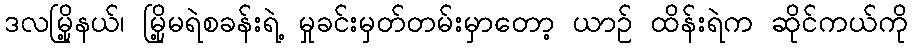
ဒလမြို့နယ်၊ မြို့မရဲစခန်းရဲ့ မှုခင်းမှတ်တမ်းမှာတော့ ယာဉ် ထိန်းရဲက ဆိုင်ကယ်ကို